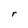
Character: r